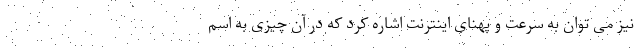
نیز می توان به سرعت و پهنای اینترنت اشاره کرد که در آن چیزی به اسم